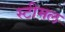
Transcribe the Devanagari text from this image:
स्टीमल